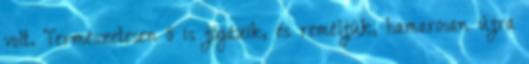
volt. Természetesen ő is jógázik, és reméljük, hamarosan újra